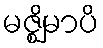
မဇ္ဈိမာပိ